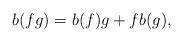
LaTeX: \begin{align*}b(fg)=b(f)g+fb(g),\end{align*}